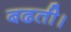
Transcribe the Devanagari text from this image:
बढती।